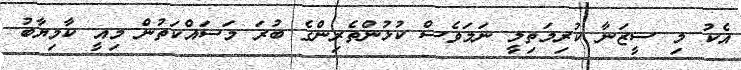
އެކު މި ސީޒަނާ ކުރިމަތިލީ ނަމަވެސް ކުޅުންތެރިންގެ ބުރަ މަސައްކަތުން މިއީ ކާމިޔާބު